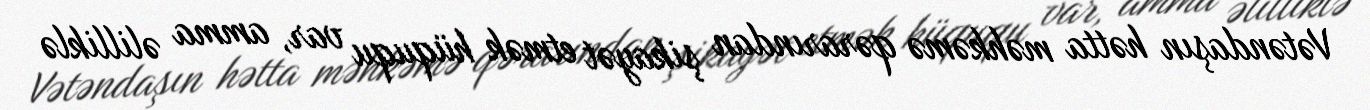
Vətəndaşın hətta məhkəmə qərarından şikayət etmək hüququ var, amma əlilliklə